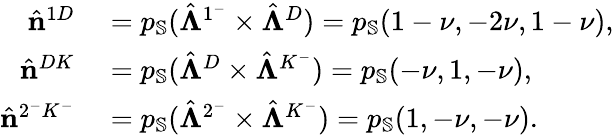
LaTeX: \begin{array}{rl}{\hat{\mathbf{n}}^{1D}}&{{}=p_{\mathbb{S}}(\hat{\boldsymbol{\Lambda}}^{1^{-}}\times\hat{\boldsymbol{\Lambda}}^{D})=p_{\mathbb{S}}(1-\nu,-2\nu,1-\nu),}\\ {\hat{\mathbf{n}}^{DK}}&{{}=p_{\mathbb{S}}(\hat{\boldsymbol{\Lambda}}^{D}\times\hat{\boldsymbol{\Lambda}}^{K^{-}})=p_{\mathbb{S}}(-\nu,1,-\nu),}\\ {\hat{\mathbf{n}}^{2^{-}K^{-}}}&{{}=p_{\mathbb{S}}(\hat{\boldsymbol{\Lambda}}^{2^{-}}\times\hat{\boldsymbol{\Lambda}}^{K^{-}})=p_{\mathbb{S}}(1,-\nu,-\nu).}\end{array}